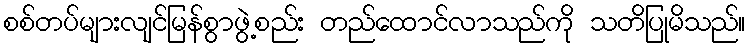
စစ်တပ်များလျင်မြန်စွာဖွဲ့စည်း တည်ထောင်လာသည်ကို သတိပြုမိသည်။